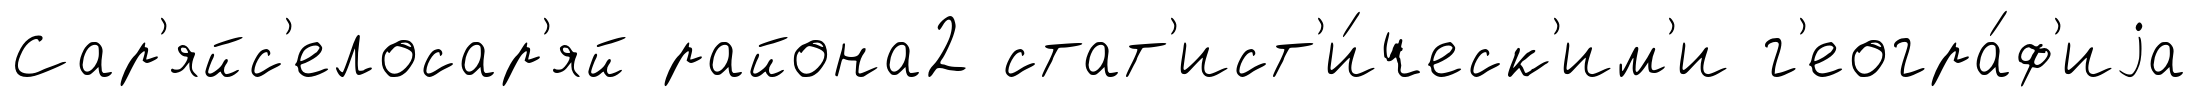
Сар'яйс'елосар'яй района2 стат'ист'и́ческ'им'и г'еогра́ф'иjа